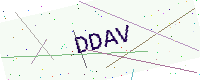
Text: DDAV